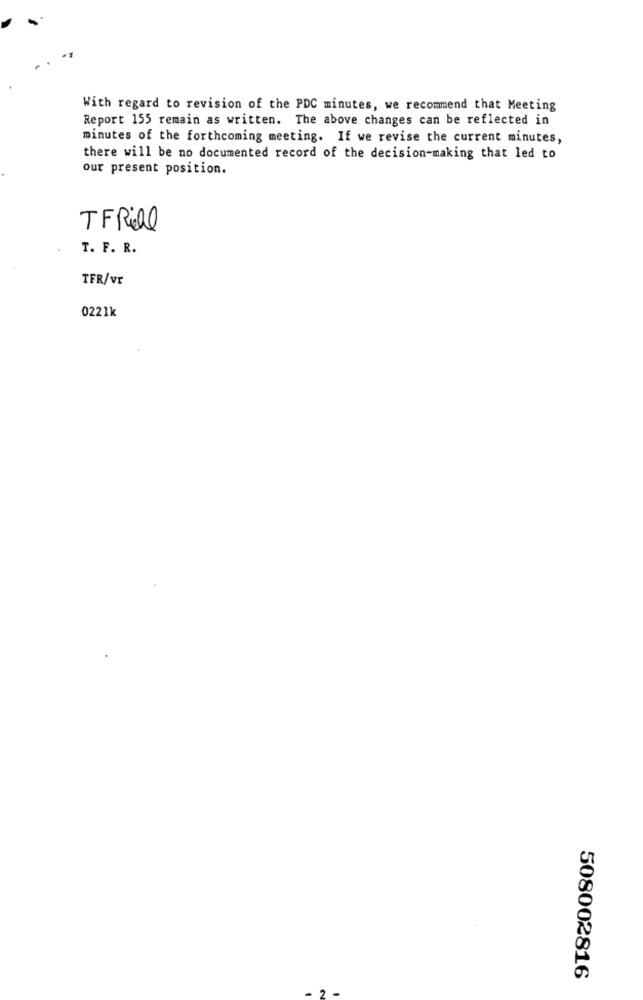
With regard to revision of the PDC minutes, we recommend that Meeting
Report 155 remain as written. The above changes can be reflected in
minutes of the forthcoming meeting. If we revise the current minutes,
there will be no documented record of the decision-making that led to
our present position.
TFRial
T. F. R.
TFR/vr
0221k
508002816